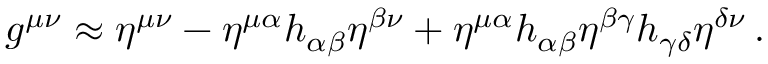
g ^ { \mu \nu } \approx \eta ^ { \mu \nu } - \eta ^ { \mu \alpha } h _ { \alpha \beta } \eta ^ { \beta \nu } + \eta ^ { \mu \alpha } h _ { \alpha \beta } \eta ^ { \beta \gamma } h _ { \gamma \delta } \eta ^ { \delta \nu } \, .